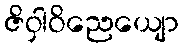
ဇိဝှါဝိညေယျော